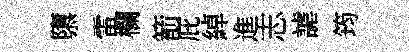
隳雷欄箭庇綽進志謔筠